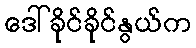
ဒေါ်ခိုင်ခိုင်နွယ်က